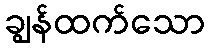
ချွန်ထက်သော